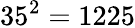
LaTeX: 35^{2}=1225